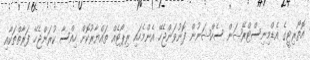
އޮތޯރިޓީގެ އެޑްމިނިސްޓްރޭޝަން ސެކްޝަނުން ފޮނުވަންޖެހޭ އެންމެހައި ރިޕޯޓެއް ތައްޔާރުކޮށް ހިއްސާ ކުރަންޖެހޭ ފަރާތްތަކާއި